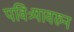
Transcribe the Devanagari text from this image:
पवित्र्यावरुन